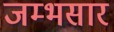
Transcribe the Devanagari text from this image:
जम्भसार